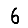
Digit: 6